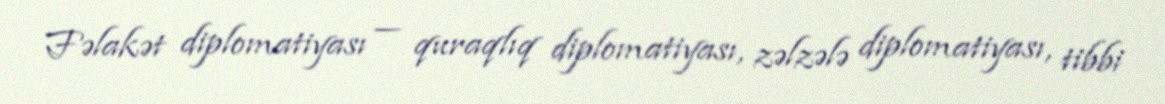
Fəlakət diplomatiyası — quraqlıq diplomatiyası, zəlzələ diplomatiyası, tibbi